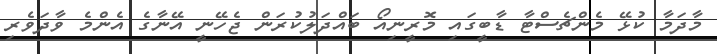
މާދަމާ ކުޅޭ މެންޗެސްޓާ ޑާބީގައި މޮރީނިއޯ ބައްދަލުކުރަން ޖެހޭނީ އޭނާގެ އެންމެ ވާދަވެރި